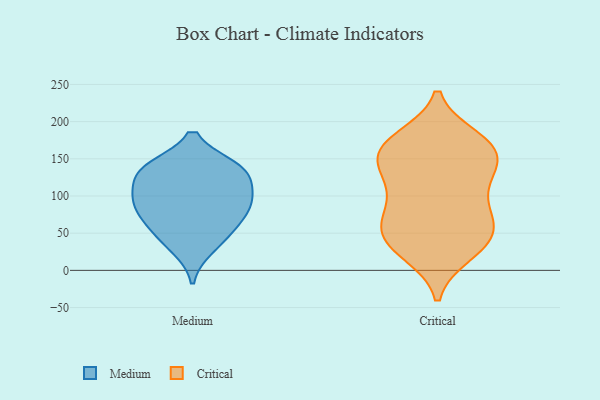
{"axis": {"x": "Budget (USD K)", "y": "Value"}, "legend": ["Critical", "Medium"], "data": [{"x": "", "y": 105, "type": "Medium"}, {"x": "", "y": 135, "type": "Medium"}, {"x": "", "y": 87, "type": "Medium"}, {"x": "", "y": 60, "type": "Medium"}, {"x": "", "y": 102, "type": "Medium"}, {"x": "", "y": 138, "type": "Medium"}, {"x": "", "y": 135, "type": "Medium"}, {"x": "", "y": 75, "type": "Medium"}, {"x": "", "y": 136, "type": "Medium"}, {"x": "", "y": 48, "type": "Medium"}, {"x": "", "y": 30, "type": "Medium"}, {"x": "", "y": 90, "type": "Medium"}, {"x": "", "y": 102, "type": "Critical"}, {"x": "", "y": 155, "type": "Critical"}, {"x": "", "y": 62, "type": "Critical"}, {"x": "", "y": 55, "type": "Critical"}, {"x": "", "y": 35, "type": "Critical"}, {"x": "", "y": 133, "type": "Critical"}, {"x": "", "y": 27, "type": "Critical"}, {"x": "", "y": 170, "type": "Critical"}, {"x": "", "y": 159, "type": "Critical"}, {"x": "", "y": 40, "type": "Critical"}, {"x": "", "y": 77, "type": "Critical"}, {"x": "", "y": 57, "type": "Critical"}, {"x": "", "y": 75, "type": "Critical"}, {"x": "", "y": 125, "type": "Critical"}, {"x": "", "y": 170, "type": "Critical"}, {"x": "", "y": 117, "type": "Critical"}, {"x": "", "y": 169, "type": "Critical"}, {"x": "", "y": 23, "type": "Critical"}, {"x": "", "y": 177, "type": "Critical"}, {"x": "", "y": 146, "type": "Critical"}]}